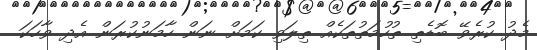
މެދު ކުރެވޭ ބޮޑެތި ތުހުމަތުތަކެއް ތިލަވި ކަމަށް ނަން ހާމަނުކުރަން އެދި ވާހަކަ